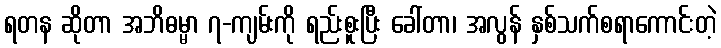
ရတန ဆိုတာ အဘိဓမ္မာ ၇-ကျမ်းကို ရည်းစူးပြီး ခေါ်တာ၊ အလွန် နှစ်သက်စရာကောင်းတဲ့